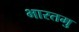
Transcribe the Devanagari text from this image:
भारतमु